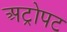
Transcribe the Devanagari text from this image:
अट्रोपट